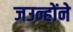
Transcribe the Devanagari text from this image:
जउन्होंने